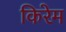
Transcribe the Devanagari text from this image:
किरेम